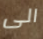
الى